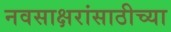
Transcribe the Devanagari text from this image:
नवसाक्षरांसाठीच्या